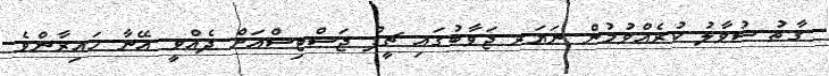
ގާތު ސުވާލު ކުރެއްވުމުން ނަޔަރ ޖަވާބުގައި ޗީފް ޖަސްޓިސްއަށް ދެއްވީ އޭނާ ހައިރާންވެ